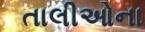
તાલીઓના